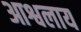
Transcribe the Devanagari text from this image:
आश्वलाय